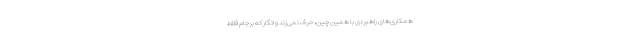
همکاری‌های راهبردی با همین چین، حرف نمی‌زند و انگار که برجام فقط